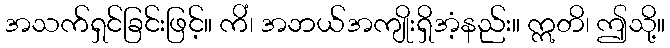
အသက်ရှင်ခြင်းဖြင့်။ ကိံ၊ အဘယ်အကျိုးရှိအံ့နည်း။ ဣတိ၊ ဤသို့။